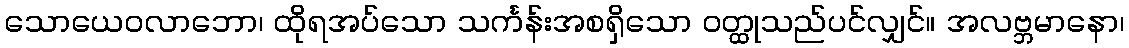
သောယေဝလာဘော၊ ထိုရအပ်သော သင်္ကန်းအစရှိသော ဝတ္ထုသည်ပင်လျှင်။ အလဗ္ဘမာနော၊